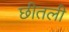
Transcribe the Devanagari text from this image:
छीतली